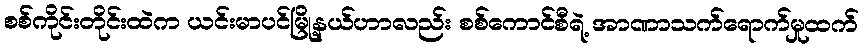
စစ်ကိုင်းတိုင်းထဲက ယင်းမာပင်မြို့နယ်ဟာလည်း စစ်ကောင်စီရဲ့ အာဏာသက်ရောက်မှုထက်